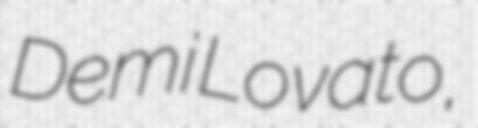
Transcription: Demi Lovato,